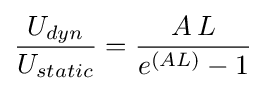
{\frac {U_{dyn}}{U_{static}}}={\frac {A\,L}{e^{\left(AL\right)}-1}}